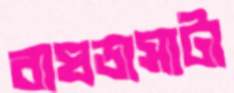
বাঘডাসাটা